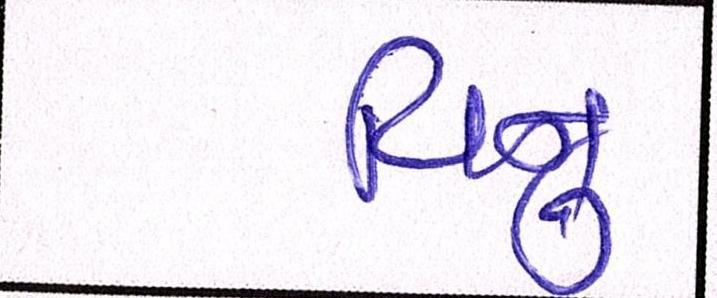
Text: વિનુ